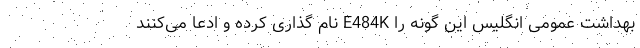
بهداشت عمومی انگلیس این گونه را E484K نام گذاری کرده و ادعا می‌کنند